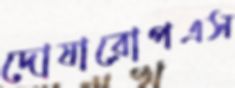
দোষারোপএস